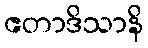
ဧတာဒိသာနိ